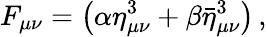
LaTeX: F_{\mu\nu}=\left(\alpha\eta_{\mu\nu}^{3}+\beta\bar{\eta}_{\mu\nu}^{3}\right)\, ,